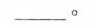
____________________。